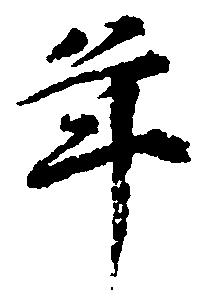
年